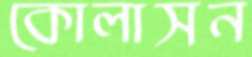
কোলাসন